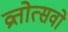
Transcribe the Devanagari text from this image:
व्रतोत्सवो